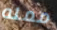
ممله